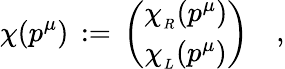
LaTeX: \chi(p^{\mu})\, :=\, \left(\begin{array}{c}{{\chi_{_R}(p^{\mu})}}\\ {{\chi_{_L}(p^{\mu})}}\end{array}\right)\quad,